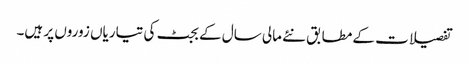
تفصیلات کے مطابق نئے مالی سال کے بجٹ کی تیاریاں زوروں پر ہیں۔